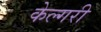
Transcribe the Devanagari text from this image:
केल्गरी